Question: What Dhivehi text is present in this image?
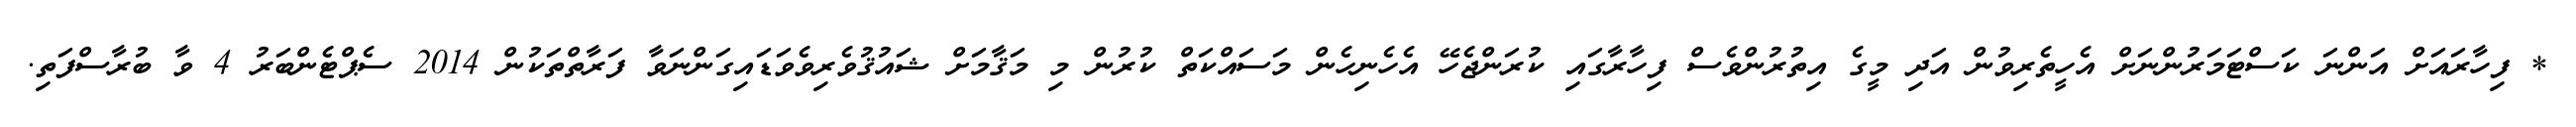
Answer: * ފިހާރައަށް އަންނަ ކަސްޓަމަރުންނަށް އެހީތެރިވުން އަދި މީގެ އިތުރުންވެސް ފިހާރާގައި ކުރަންޖެހޭ އެހެނިހެން މަސައްކަތް ކުރުން މި މަޤާމަށް ޝައުޤުވެރިވެވަޑައިގަންނަވާ ފަރާތްތަކުން 2014 ސެޕްޓެންބަރު 4 ވާ ބުރާސްފަތި.